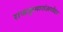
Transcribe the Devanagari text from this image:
राजकुमारांअगोदर